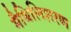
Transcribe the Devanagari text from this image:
मैथिलिशरण